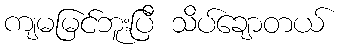
ကျမမြင်ဘူးပြီ သိပ်ချောတယ်